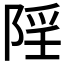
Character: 𨺄